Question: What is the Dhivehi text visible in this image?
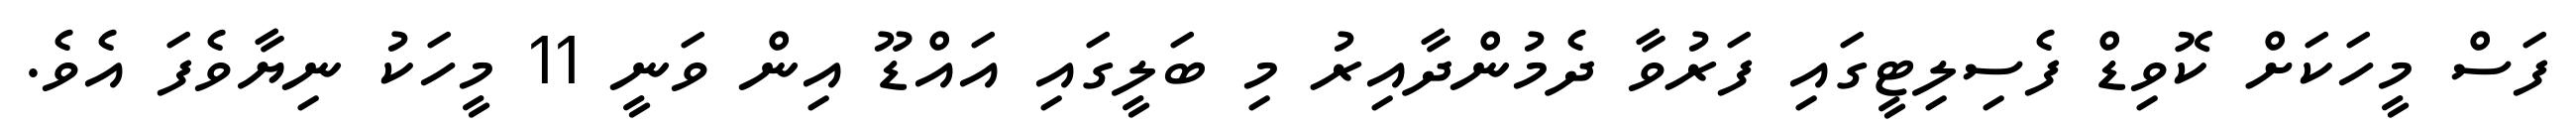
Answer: ފަސް މީހަކަށް ކޮވިޑް ފެސިލިޓީގައި ފަރުވާ ދެމުންދާއިރު މި ބަލީގައި އައްޑޫ އިން ވަނީ 11 މީހަކު ނިޔާވެފަ އެވެ.